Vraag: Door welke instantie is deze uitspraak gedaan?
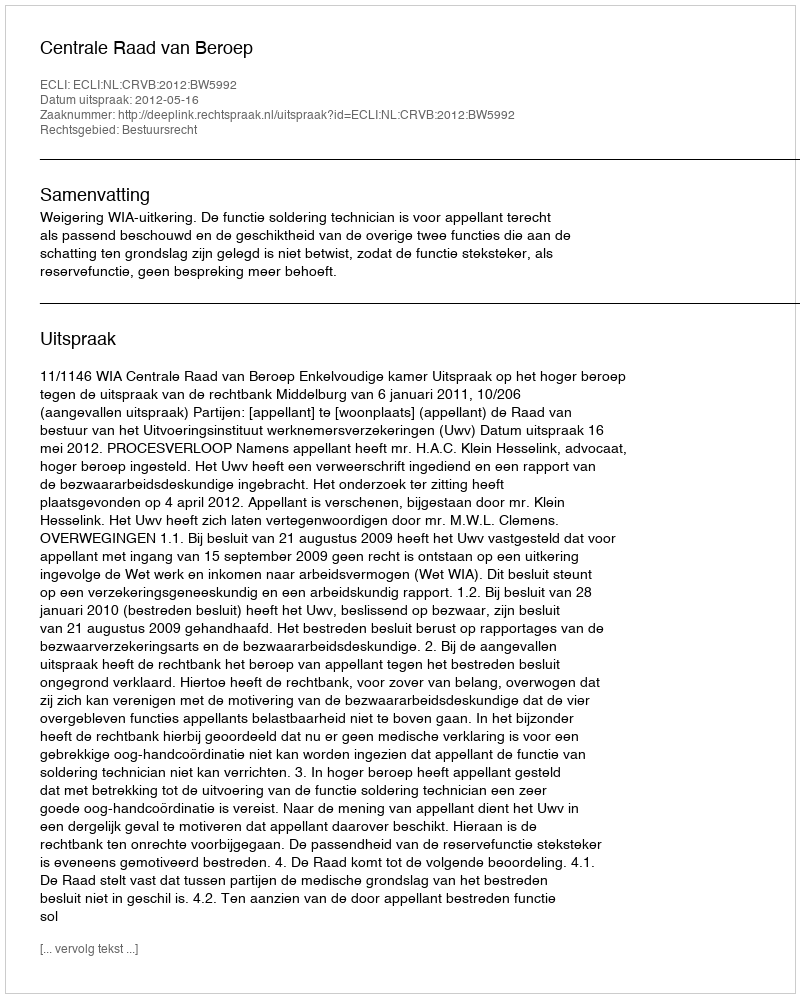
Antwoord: Centrale Raad van Beroep